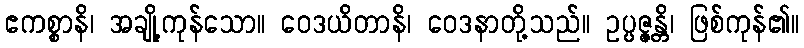
ဧကစ္စာနိ၊ အချို့ကုန်သော။ ဝေဒယိတာနိ၊ ဝေဒနာတို့သည်။ ဥပ္ပဇ္ဇန္တိ၊ ဖြစ်ကုန်၏။